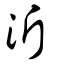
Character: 沂